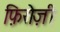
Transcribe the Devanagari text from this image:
फ़िरोज़ी